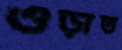
ওড়াত